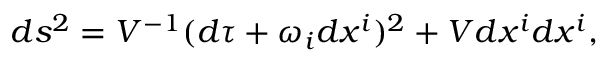
d s ^ { 2 } = V ^ { - 1 } ( d \tau + \omega _ { i } d x ^ { i } ) ^ { 2 } + V d x ^ { i } d x ^ { i } ,